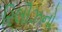
રિલીઝનો